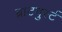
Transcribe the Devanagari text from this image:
ब्राटवुर्स्ट